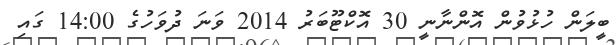
ބީލަން ހުޅުވުން އޮންނާނީ 30 އޮކްޓޫބަރު 2014 ވަނަ ދުވަހުގެ 14:00 ގައި